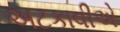
અટકાવીએ